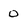
Character: 0